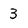
Character: 3